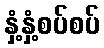
နှံ့နှံ့စပ်စပ်